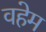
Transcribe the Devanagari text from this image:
वहेम